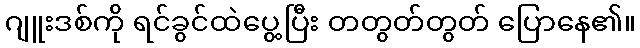
ဂျူးဒစ်ကို ရင်ခွင်ထဲပွေ့ပြီး တတွတ်တွတ် ပြောနေ၏။